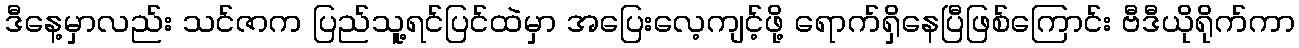
ဒီနေ့မှာလည်း သင်ဇာက ပြည်သူ့ရင်ပြင်ထဲမှာ အပြေးလေ့ကျင့်ဖို့ ရောက်ရှိနေပြီဖြစ်ကြောင်း ဗီဒီယိုရိုက်ကာ